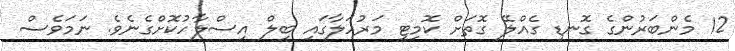
12 މެންބަރުންގެ ގޮނޑި ގެއްލޭ ގޮތަށް ކޮމިޓީ މަރުހަލާގައި ބިލް އިސްލާހުކޮށްގެނެވެ. ނަމަވެސް